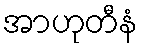
အာဟုတီနံ